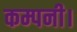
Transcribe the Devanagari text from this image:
कम्पनी।